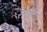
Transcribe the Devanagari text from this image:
रेणूमुळे